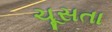
ચૂસતા